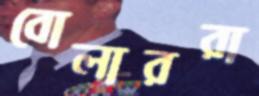
বোলাররা